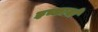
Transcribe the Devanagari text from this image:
इच्छायो